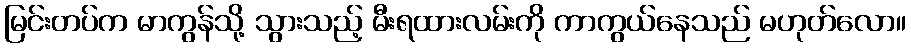
မြင်းတပ်က မာကွန်သို့ သွားသည့် မီးရထားလမ်းကို ကာကွယ်နေသည် မဟုတ်လော။